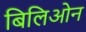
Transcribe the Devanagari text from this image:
बिलिओन